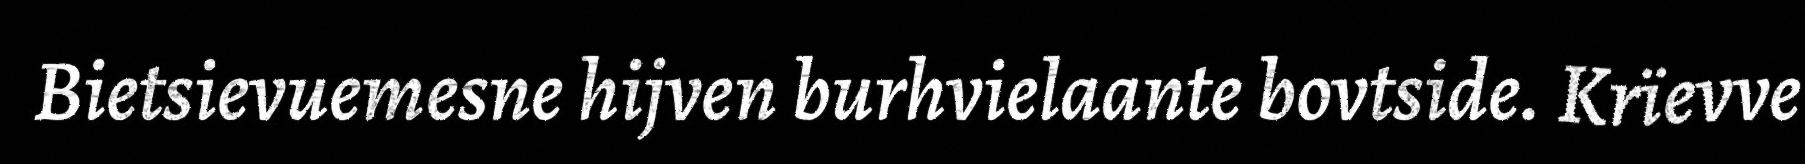
Bietsievuemesne hijven burhvielaante bovtside. Krïevve